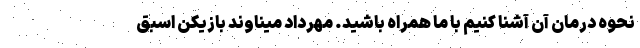
نحوه درمان آن آشنا کنیم با ما همراه باشید. مهرداد میناوند بازیکن اسبق